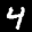
Label: 4